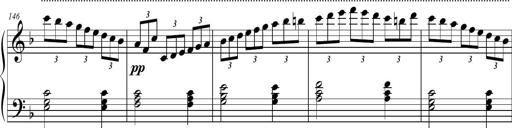
Title: 2 Sonatines faciles et brillantes pour le piano-forte seul
Composer: Carl Czerny